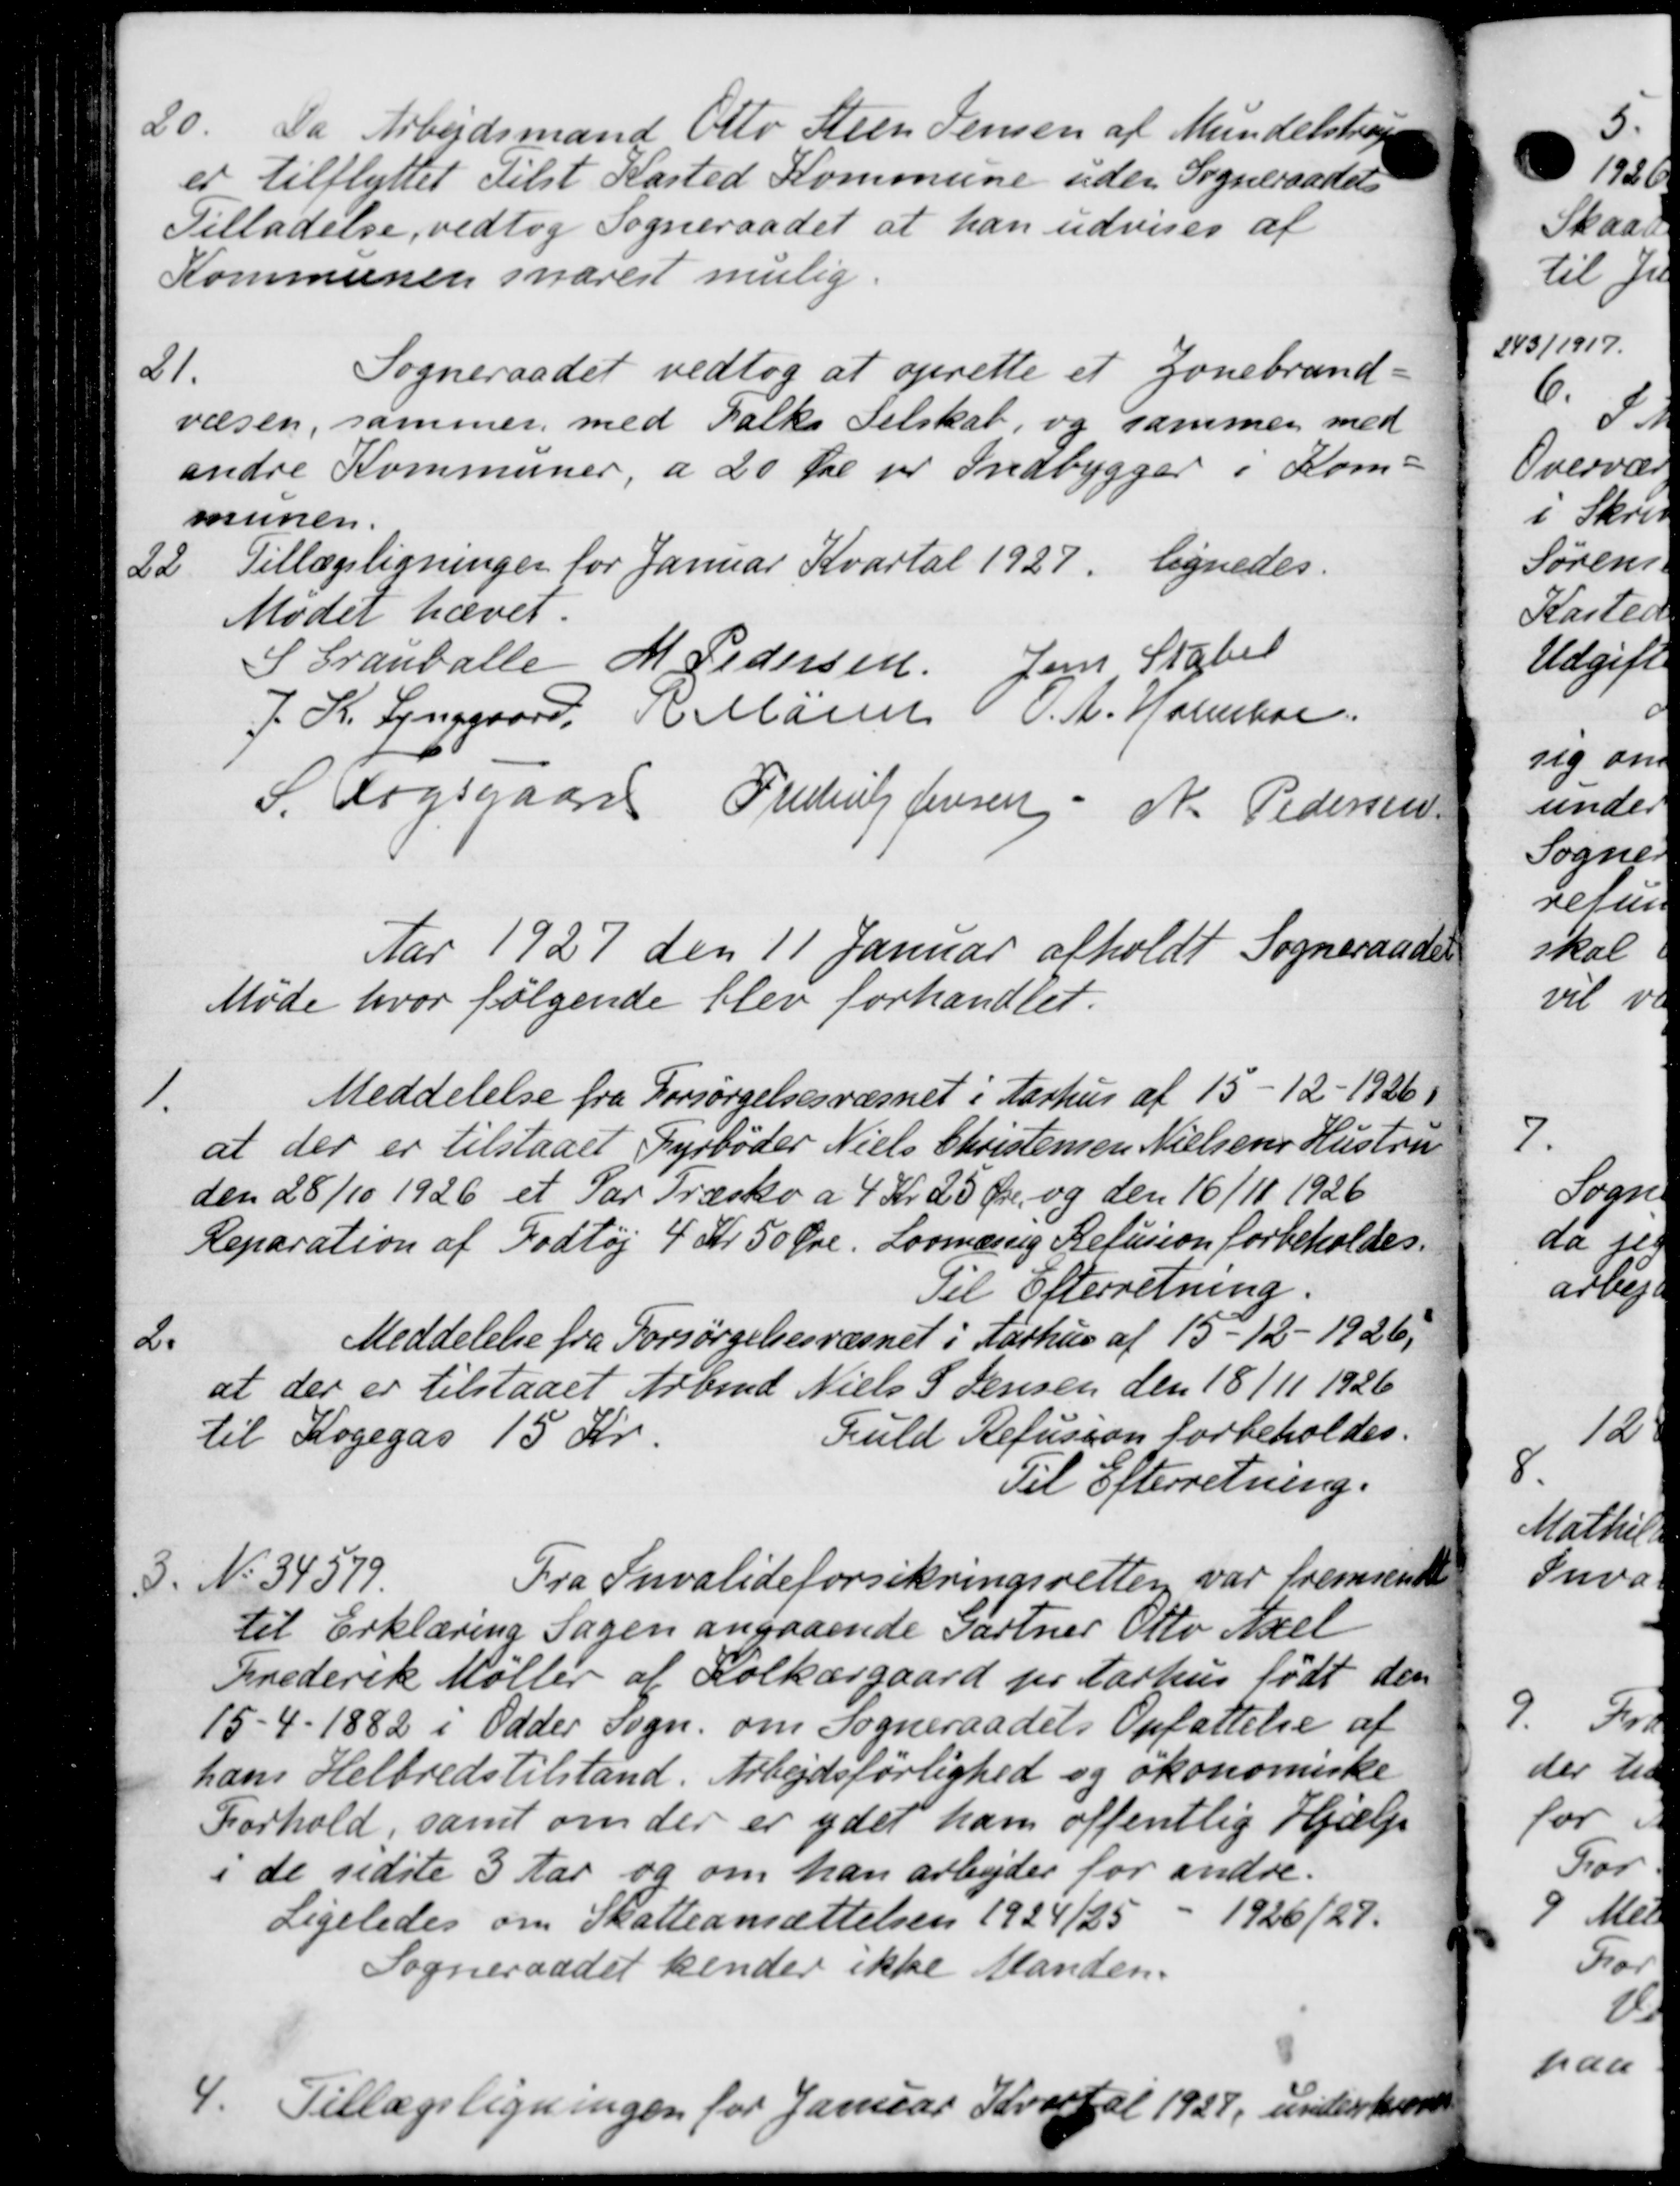
Transskription:
20.
Da Arbejdsmand Otto Steen Jensen af Mund
er tilflyttet Tilst Kasted Kommune uden Sogneraadet
Tilladelse, vedtog Sogneraadet at han udvises af
Kommunen snarest mulig.
21.
Sogneraadet vedtog at oprette et Jonebrand-
væsen, sammer med Falks Selskab, og sammen med
andre Kommuner, a 20 Øre pr Indbygger i Kom-
munen.
22
Tillægsligninger for Januar Kvartal 1927, lignedes.
Mødet hævet.
S Granballe M. Pedersen Jens Stabel
J. K. Lynggaard N. Aaren P. A. Kolekor
S. Fogsgaard Frederik Jensen N. Pedersen
Aar 1927 den 11 Januar afholdt Sogneraads
Møde hvor følgende blev forhandlet.

Meddelelse fra Forsørgelsesvæsnet i Aarhus af 15 -12-1926.
at der er tilstaaet Fyrbøder Niels Christensen Nielsens Hustru
den 28/10 1926 et Par Træsko a 4 Kr 25 Øre og den 16/11 1926
Reparation af Fodtøj 4 Kr. 50 Øre. Lovmæssig Refusion forbeholdes.
Til Efterretning.
2.
Meddelelse fra Forsørgelsesvæsnet i Aarhus af 15 - 12 - 1926,
at der er tilstaaet Arbmd Niels S. Jensen den 18/11 1926
til Kogegas 15 Kr.
fuld Refusion forbeholdes.
Til Efterretning.
3.
No 34579.
Fra Invalideforsikringsretten var fremsendte
til Erklæring Sagen angaaende Gartner Otto Axel
Frederik Møller af Kolkærgaard pr Aarhus født den
15 - 4 - 1882 i Odder sogn. om Sogneraadets Opfattelse af
hans Helbredstilstand. Arbejdsførlighed og økonomiske
Forhold, samt om der er ydet ham offentlig Hjælp
i de sidste 3 Aar og om han arbejder for andre.
Ligeledes om Skatteansættelsen 1924/25 - 1926/27.
Sogneraadet kender ikke Manden.
4.
Tillægsligningen for Januar Kvartal 1927, underskrevet